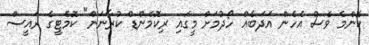
ކޮންމެ ވެސް އެހެން އަދަބެއް ހޯދުމަށް މީގައި ރިކޮމެންޑް ކުރާނަން" ކޮމެޓީގެ ރައީސް